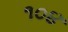
૧૦૪